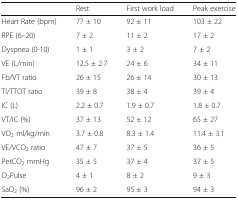
<table><thead><tr><td></td><td><b>Rest</b></td><td><b>First work load</b></td><td><b>Peak exercise</b></td></tr></thead><tbody><tr><td>Heart Rate (bpm)</td><td>77 ± 10</td><td>92 ± 11</td><td>103 ± 22</td></tr><tr><td>RPE (6–20)</td><td>7 ± 2</td><td>11 ± 2</td><td>17 ± 2</td></tr><tr><td>Dyspnea (0-10)</td><td>1 ± 1</td><td>3 ± 2</td><td>7 ± 2</td></tr><tr><td>VE (L/min)</td><td>12.5 ± 2.7</td><td>24 ± 6</td><td>34 ± 11</td></tr><tr><td>Fb/VT ratio</td><td>26 ± 15</td><td>26 ± 14</td><td>30 ± 13</td></tr><tr><td>TI/TTOT ratio</td><td>39 ± 8</td><td>38 ± 4</td><td>39 ± 4</td></tr><tr><td>IC (L)</td><td>2.2 ± 0.7</td><td>1.9 ± 0.7</td><td>1.8 ± 0.7</td></tr><tr><td>VT/IC (%)</td><td>37 ± 13</td><td>52 ± 12</td><td>65 ± 27</td></tr><tr><td>VO<sub>2</sub> ml/kg/min</td><td>3.7 ± 0.8</td><td>8.3 ± 1.4</td><td>11.4 ± 3.1</td></tr><tr><td>VE/VCO<sub>2</sub> ratio</td><td>47 ± 7</td><td>37 ± 5</td><td>36 ± 5</td></tr><tr><td>PetCO<sub>2</sub> mmHg</td><td>35 ± 5</td><td>37 ± 4</td><td>37 ± 5</td></tr><tr><td>O<sub>2</sub>Pulse</td><td>4 ± 1</td><td>8 ± 2</td><td>9 ± 3</td></tr><tr><td>SaO<sub>2</sub> (%)</td><td>96 ± 2</td><td>95 ± 3</td><td>94 ± 3</td></tr></tbody></table>